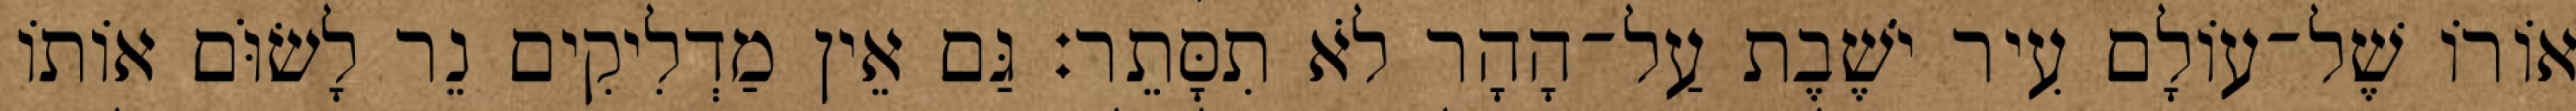
אוֹרוֹ שֶׁל־עוֹלָם עִיר יֹשֶׁבֶת עַל־הָהָר לֹא תִסָּתֵר׃ גַּם אֵין מַדְלִיקִים נֵר לָשׂוֹּם אוֹתוֹ